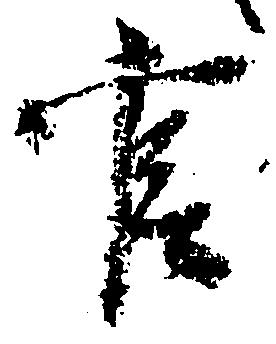
官